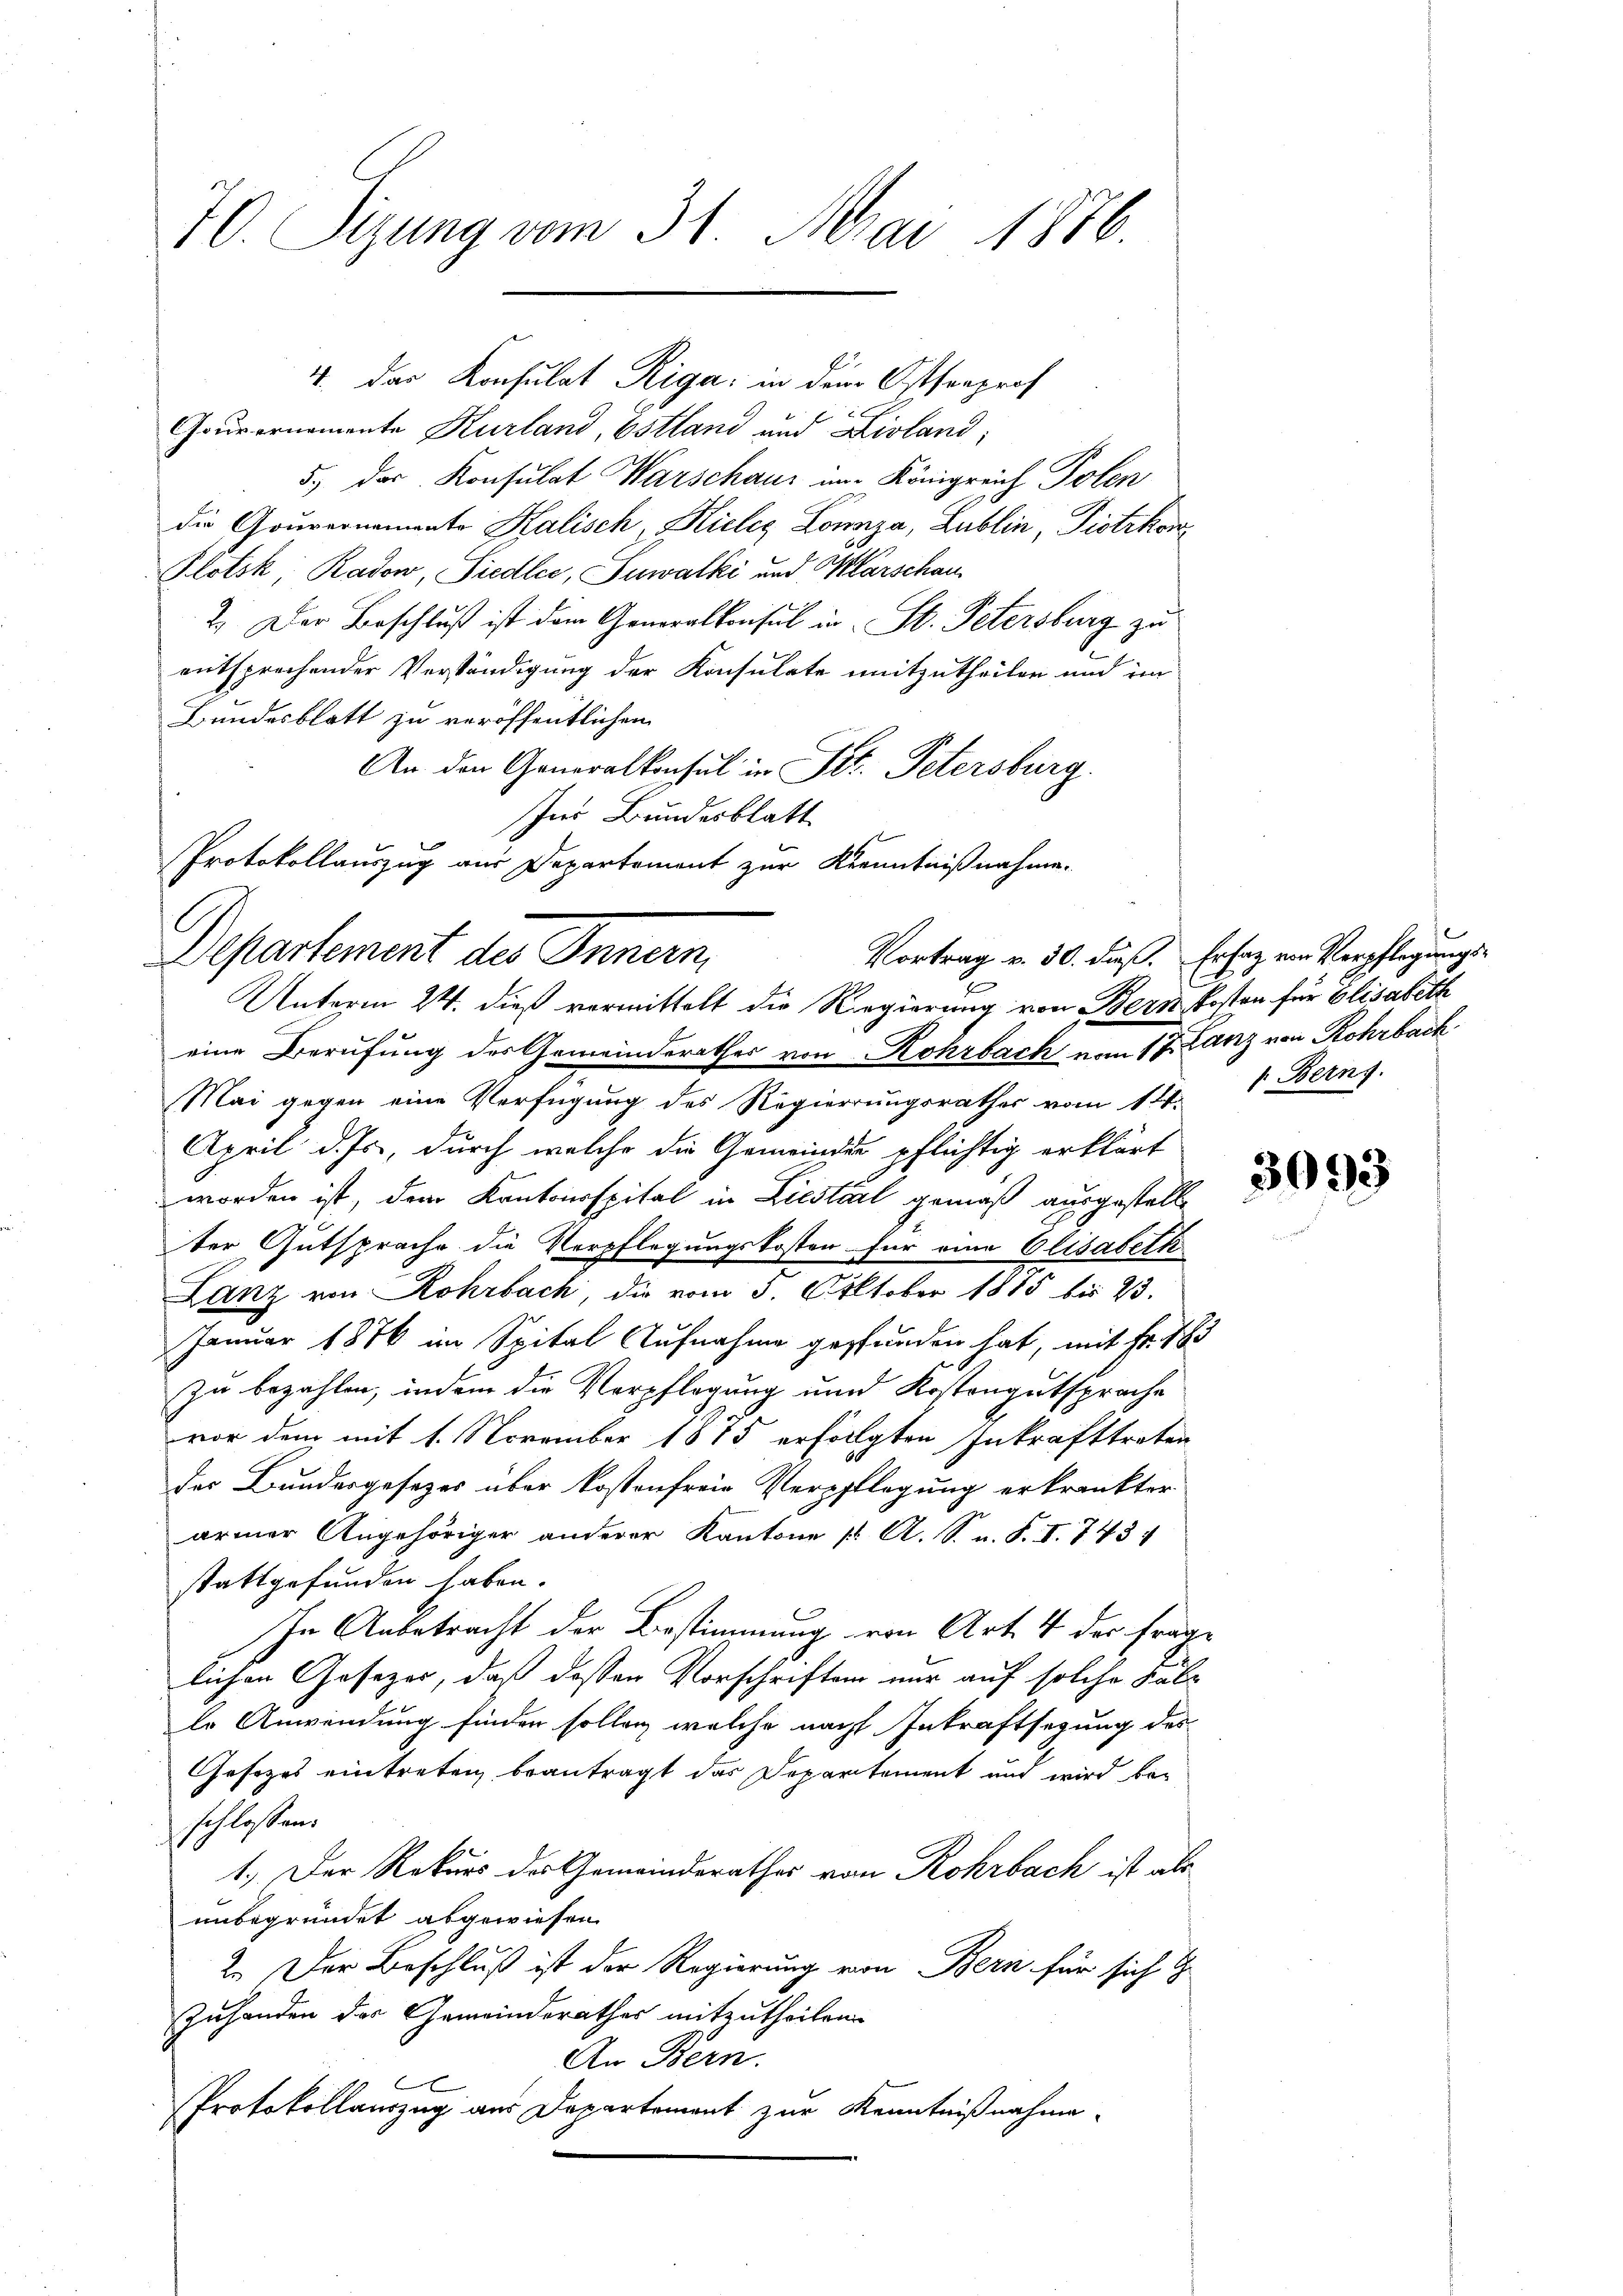
70. Sizung vom 31. Mai 1876.

Couvernomente Kurland, Estland und Livland;
5) das Konsulat Warschaus im Königreich Polen
die Gouvernamento Kalisch, Hielig Lonnza, Lublin, Piotikon
Plotsk, Radon, Siedler, Suwalki und Marschau¬
2.) Der Beschluß ist dem Generalkonsul in St. Petersburg zu
entsprechender Verständigung der Konsulate mitzutheilen und im
Bundesblatt zu veröffentlichen
An den Generalkonsul in St. Petersburg.
Ins Bundesblatt
Protokollauszug aus Departement zur Kenntnißnahme.
Departement des Innern,

4. Das Konsulat Riga in dem Ostseeprof

Unterm 24. dieß vermittelt die Regierung von Bern Kosten für Elisabeth
eine Berufung des Gemeinderathes von Rohrbach vom 17. Lanz von Rohrback

Mai gegen eine Verfügung des Regierungsrathes vom 14.
April d. Js., durch welche die Gemeindes pflichtig erklärt
worden ist, dem Kantonsspital in Liestal gemäß ausgestelle
ter Gutsprache die Verpflegungskosten für eine Elisabeth
Lanz von Rohrbach, die vom 3. Oktober 1815 bis 23.
Januar 1876 im Spital Aufnahme gepfunden hat, mit Fr. 183
zu bezahlen, indem die Verpflegung und Kostengutsprache
vor dem mit 1. November 1875 erfolgten Inkrafttreten
der Bundesgesezes über kostenfreie Verpflegung erkränkter
armer Angehöriger anderer Kantone st. A. S. n. F. I. 743
stattgefunden haben.
In Anbetracht der Bestimmung von Art. 4 der Frage
lichen Gesezer, daß dessen Vorschriften nur auf solche Fälle Anwendung finden sollen, welche nach Inkraftsetzung des
Gesetzes eintreten beantragt das Departement und wird be-
schlossen:
1.) Der Rekurs des Gemeinderathes von Rohrbach ist als
unbegründet abgewiesen.
2.) Der Beschluß ist der Regierung von Bern für sich
Zuhanden des Gemeinderathes mitzutheilen.
An Bern.
Protokollauszug aus Departement zur Kenntnißnahme.

Vortrag v. 30. dieß. Er hat von Verpflegungs¬
 Berns.

3093